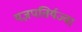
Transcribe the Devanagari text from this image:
यज्ञपतिर्यज्वा